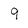
Character: 9